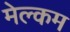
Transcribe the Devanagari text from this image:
मेल्‍कम